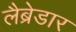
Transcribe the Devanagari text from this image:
लैब्रेडार